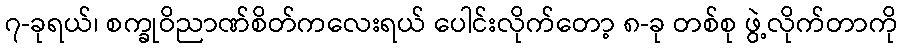
၇-ခုရယ်၊ စက္ခုဝိညာဏ်စိတ်ကလေးရယ် ပေါင်းလိုက်တော့ ၈-ခု တစ်စု ဖွဲ့လိုက်တာကို